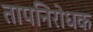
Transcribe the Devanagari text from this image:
तापनिरोधक